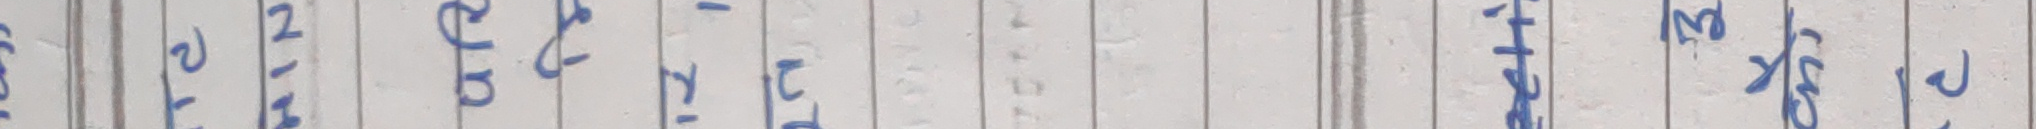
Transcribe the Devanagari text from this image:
पे अनुक्रम मापदण्ड शिघ्रको फल अंक प्रदान २०३४x३ एक्शन